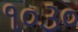
૧૦૩૦